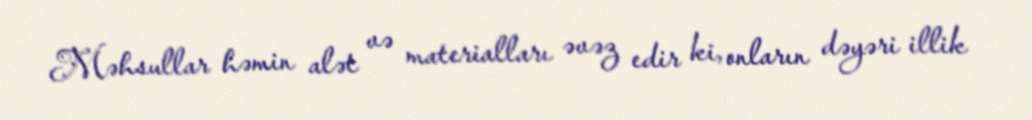
Məhsullar həmin alət və materialları əvəz edir ki, onların dəyəri illik